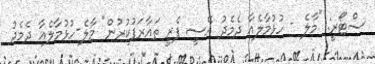
ސްޓޯރީ: "މާލެ - ހުޅުމާލެއާ ދެމެދު އޭސީ ފެރީ ތައާރަފުކުރުން" މާލެ-ހުޅުމާލެއާ ދެމެދު